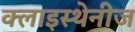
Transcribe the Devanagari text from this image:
क्लाइस्थेनीज